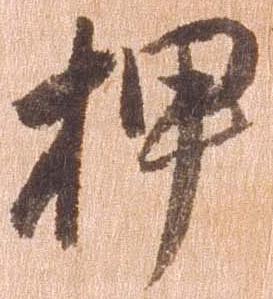
押